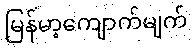
မြန်မာ့ကျောက်မျက်